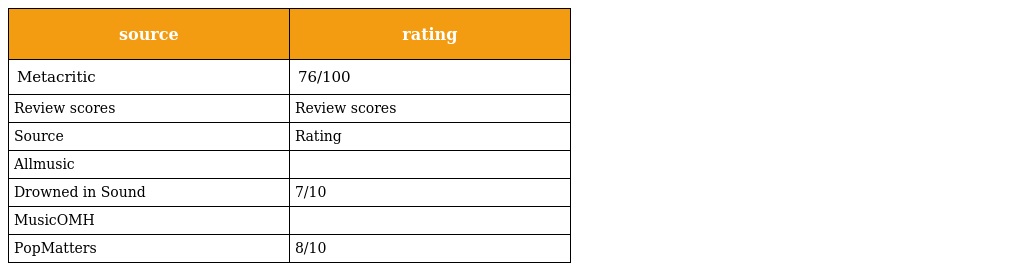
| source | rating |
 | --- | --- |
 | Metacritic | 76/100 |
 | Review scores | Review scores |
 | Source | Rating |
 | Allmusic |  |
 | Drowned in Sound | 7/10 |
 | MusicOMH |  |
 | PopMatters | 8/10 |